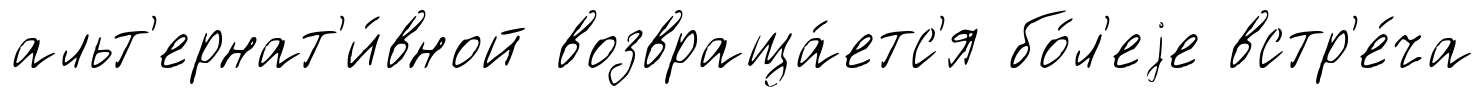
альт'ернат'и́вной возвраща́етс'я бо́л'еjе встр'е́ча